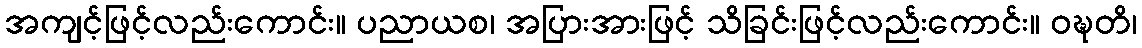
အကျင့်ဖြင့်လည်းကောင်း။ ပညာယစ၊ အပြားအားဖြင့် သိခြင်းဖြင့်လည်းကောင်း။ ဝဍ္ဎတိ၊